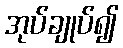
အုပ်ချုပ်၍